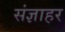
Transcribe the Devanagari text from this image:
संज्ञाहर